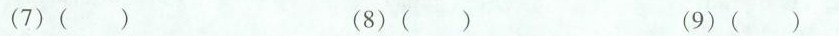
(7)( ) (8)( ) (9)( )